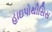
હાઇપોથીસિસ